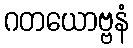
ဂတယောဗ္ဗနံ